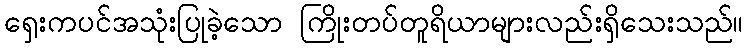
ရှေးကပင်အသုံးပြုခဲ့သော ကြိုးတပ်တူရိယာများလည်းရှိသေးသည်။